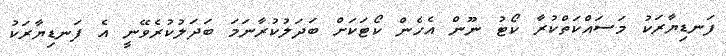
ފަނޑިޔާރަކު މަސައްކަތްކުރާ ކޯޓު ނޫން އެހެން ކޯޓަކަށް ބަދަލުކުރާނަމަ ބަދަލުކުރެވޭނީ އެ ފަނޑިޔާރަކު